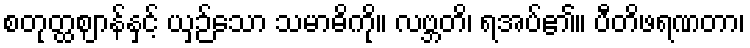
စတုတ္ထဈာန်နှင့် ယှဉ်သော သမာဓိကို။ လဗ္ဘတိ၊ ရအပ်၏။ ပီတိဖရဏတာ၊